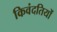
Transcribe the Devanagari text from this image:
किवंदतियों